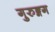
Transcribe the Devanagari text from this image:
गुरुङ्गग